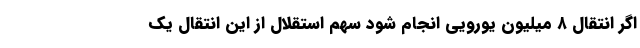
اگر انتقال ۸ میلیون یورویی انجام شود سهم استقلال از این انتقال یک